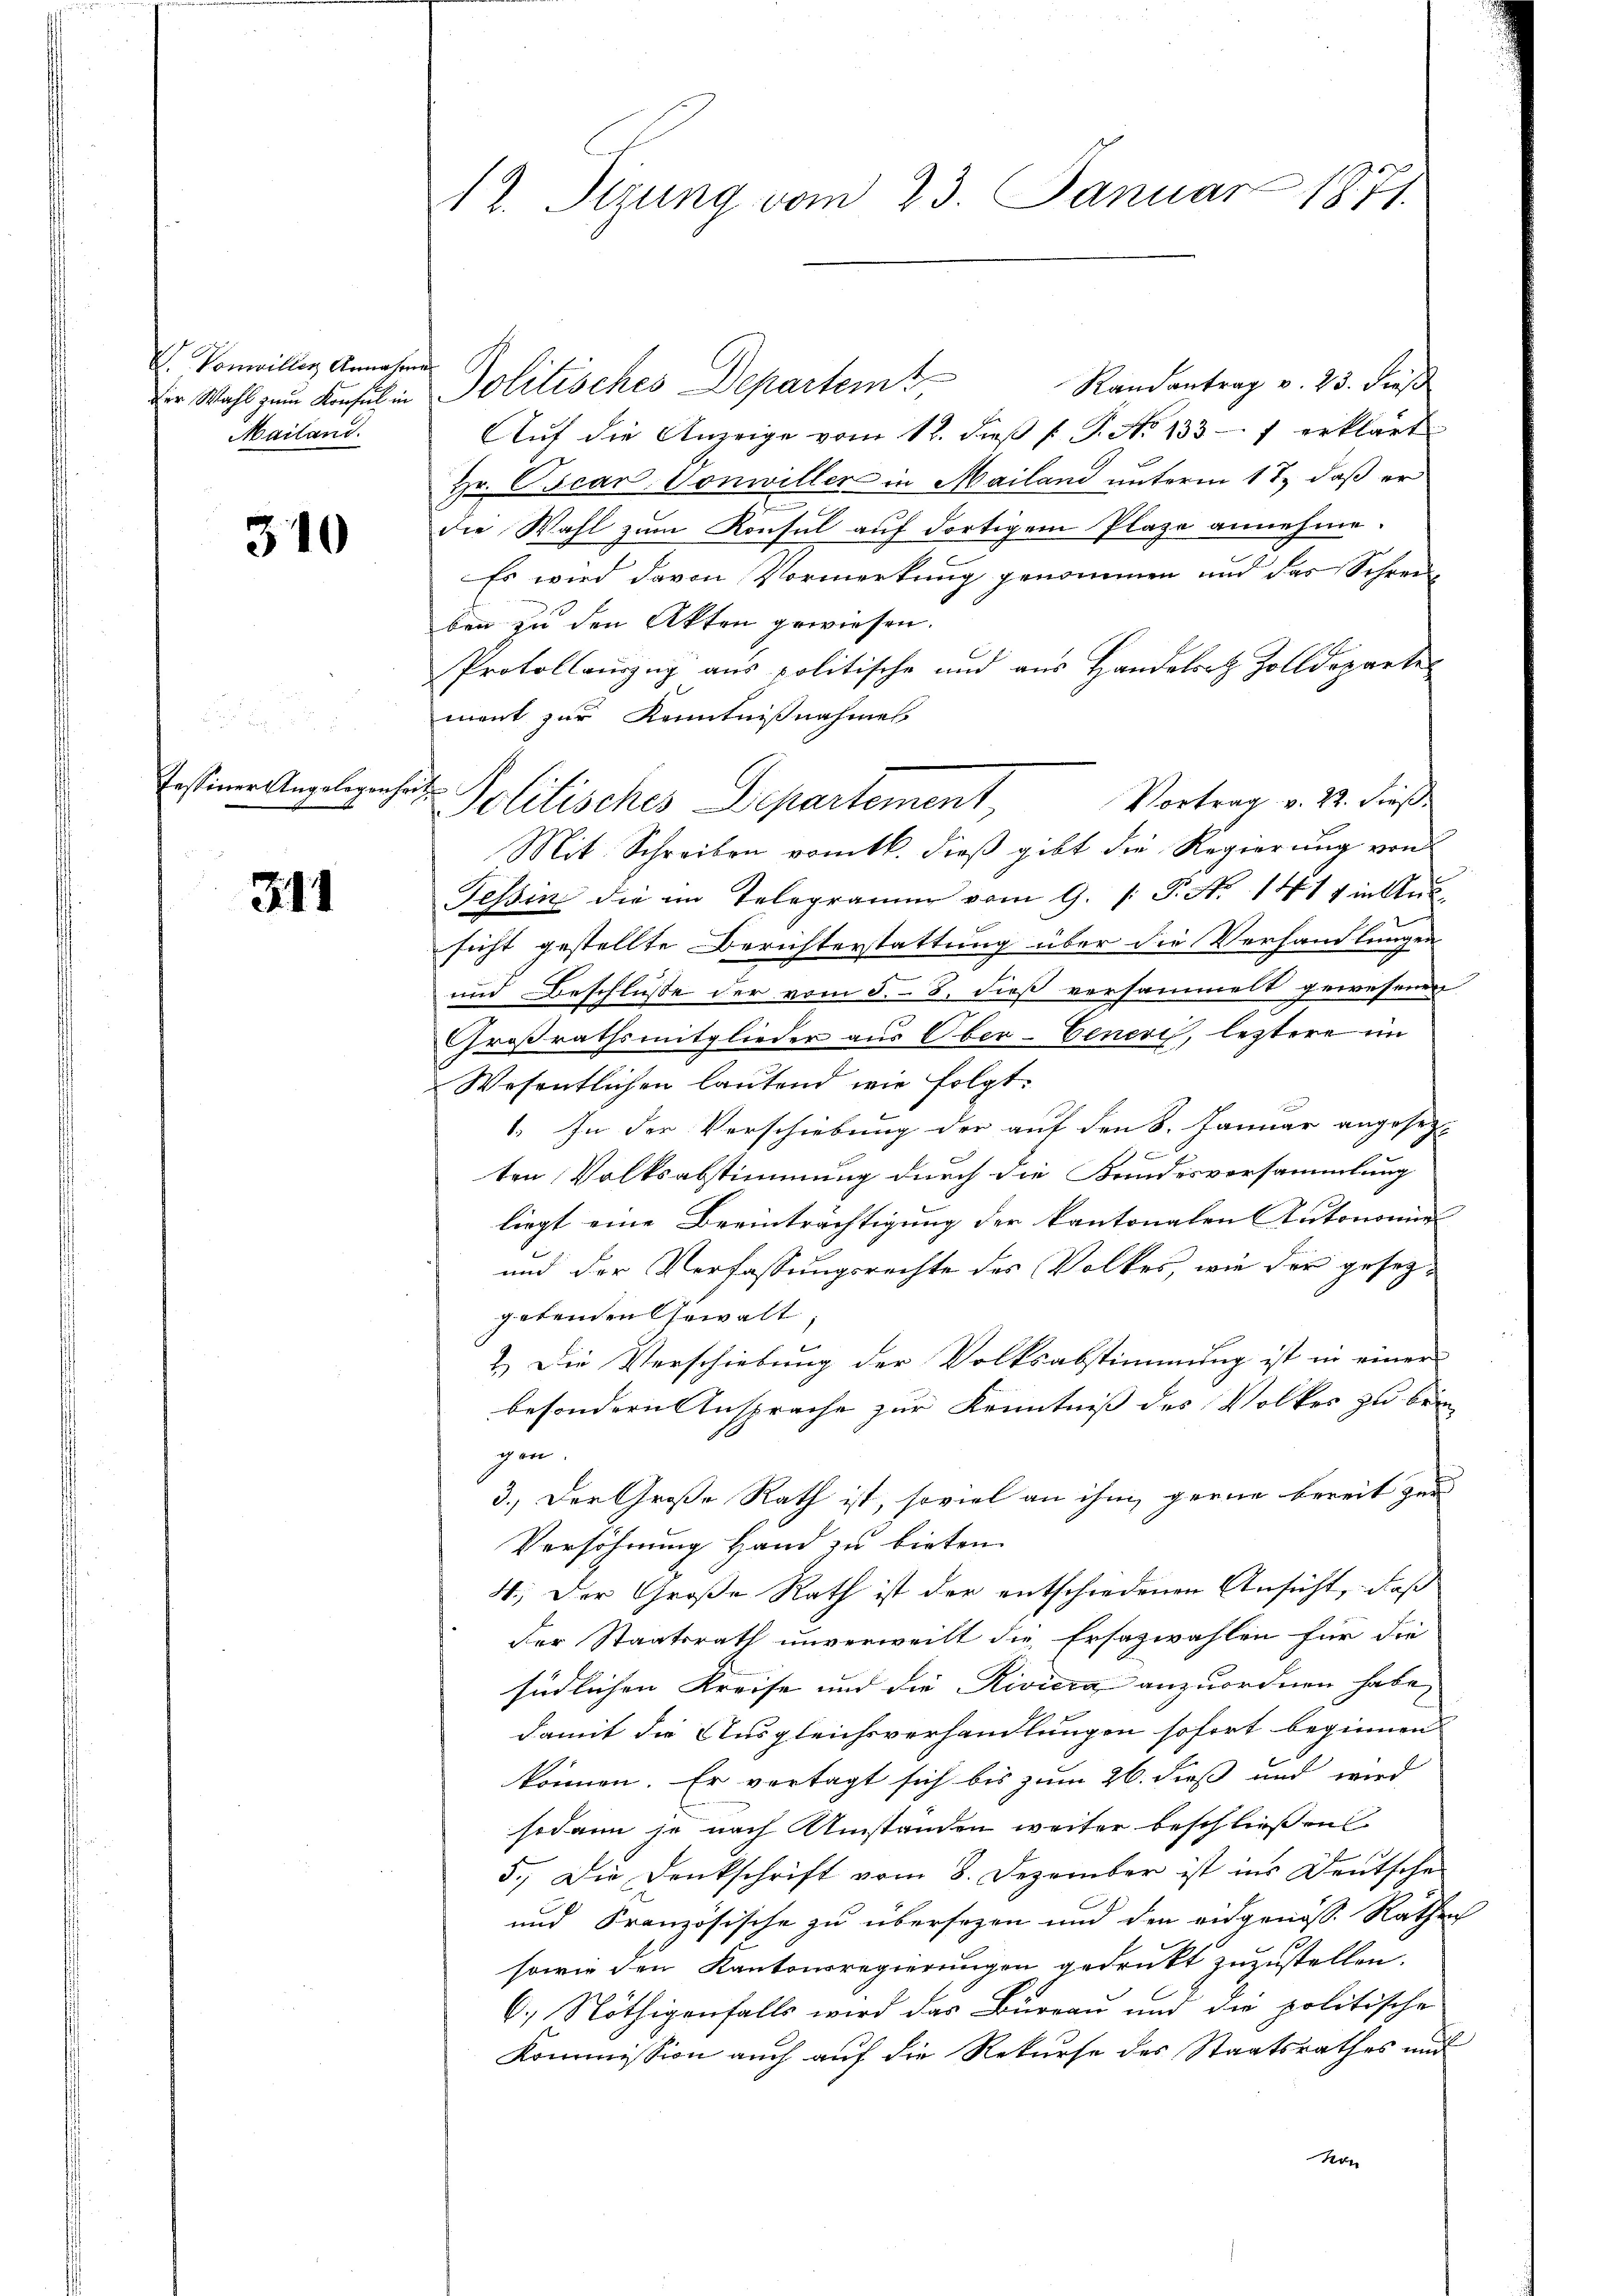
I Vonwiller Annahm
der Wahl zum Konsul in
Mailand.

310

Tessiner Angelegenhe

311

12. Tizung vom 23. Januar 1871.

i
Politisches Departement,
Mit Schreiben vomtl. dieß gibt die Regierung von

Randantrag v. 25. dieß
Politisches Departemt
Auf die Anzeige vom 12. dieß P. P. No 133 - 7 erklärt
Hr. Oscar. Vonwiller in Mailand unterm 17. daß er
die Wahl zum Konsul auf dortigem Plaze annehme.
Es wird davon Vormerkung genommen und das Schrei
ben zu den Akten gewiesen.
Prokollauszug aus politische und aus Handelort Zolldeparte
ment zur Kenntnißnahmes
Vortrag v. 23. dieß.
Tessin die im Telegramm vom 9. /: P. Nr. 1417 in Ans
sicht gestellte Berichterstattung über die Verhandlungen
und Beschlüße der vom 5. 8. dieß versammelt gewesenen
Großrathsmitglieder aus Ober-Cenere, letztere im
Wesentlichen lautend wir folgt.
1. In der Verschiebung der auf den 8. Januar angesezt
ten Volksabstimmung durch die Bundesversammlung
liegt eine Beeinträchtigung der kantonalen Autonomie
und der Verfassungsrechte des Volkes, wie der gesezgetenden Gewalt,
2.) Die Verschiebung der Volksabstimmung ist in einer
besondern Ansprache zur Kenntniß des Volkes zu brin
gen.
3.) Der Große Rath ist, soviel an ihm gerne bereit zur
Versöhnung Hand zu bieten.
4.) Der Große Rath ist der entschiedenen Ansicht, daß
der Staatsrath unverweilt die Ersazwahlen für die
südlichen Kreise und die Riviera anzuordnen habe,
damit die Ausgleichsverhandlungen sofort beginnen
können. Er vertagt sich bis zum 26. dieß und wird
sodann je nach Umstanden weiter beschliessen
5.) Die Denkschrift vom 8. Dezember ist ins Deutsche
und Französische zu übersagen und den eidgenöss. Rathen
sowie den Kantonsregierungen gedruckt zuzustellen.
6.) Nöthigenfalls wird das Bureau und die politische
Kommission auch auf die Rekurse des Staatsrathes und
Kon